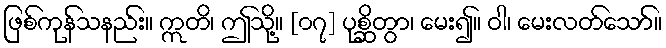
ဖြစ်ကုန်သနည်း။ ဣတိ၊ ဤသို့။ [၀၇] ပုစ္ဆိတွာ၊ မေး၍။ ဝါ၊ မေးလတ်သော်။